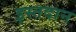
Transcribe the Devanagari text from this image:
इस्तदान